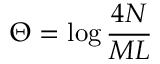
\Theta = \log \displaystyle \frac { 4 N } { { \cal M } L }